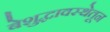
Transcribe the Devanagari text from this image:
बेशुद्धावस्थेतून